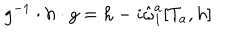
g ^ { - 1 } \cdot h \cdot g = h - i \hat { \omega } _ { 1 } ^ { a } [ T _ { a } , h ]